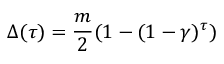
\Delta ( \tau ) = { \frac { m } { 2 } } ( 1 - ( 1 - \gamma ) ^ { \tau } )